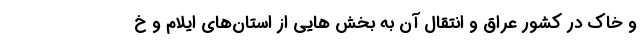
و خاک در کشور عراق و انتقال آن به بخش هایی از استان‌های ایلام و خ